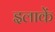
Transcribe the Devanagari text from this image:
इलाकें